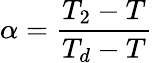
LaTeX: \alpha={\frac{T_{2}-T}{T_{d}-T}}